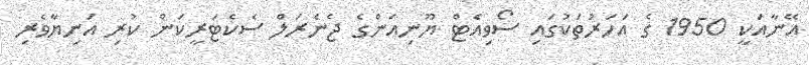
އޭނާއަކީ 1950 ގެ އަހަރުތަކުގައި ސޯވިއެޓް ޔޫނިއަންގެ ޖެނެރަލް ސެކެޓަރީކަން ކުރި އަނިޔާވެރި